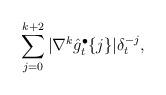
LaTeX: \begin{align*}\sum_{j=0}^{k+2} |\nabla^k \hat{g}^\bullet_t\{j\}|\delta_t^{-j},\end{align*}